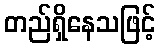
တည်ရှိနေသဖြင့်